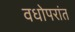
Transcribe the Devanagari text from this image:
वधोपरांत